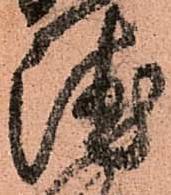
徳